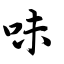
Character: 味